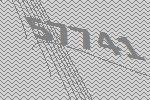
57741